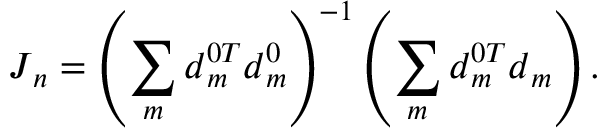
\boldsymbol { J } _ { n } = \left( \sum _ { m } \boldsymbol { d } _ { m } ^ { 0 T } \boldsymbol { d } _ { m } ^ { 0 } \right) ^ { - 1 } \left( \sum _ { m } \boldsymbol { d } _ { m } ^ { 0 T } \boldsymbol { d } _ { m } \right) .